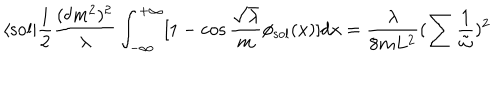
LaTeX: \langle \mathrm { s o l } | \frac { 1 } { 2 } \frac { ( \delta m ^ { 2 } ) ^ { 2 } } { \lambda } \int _ { - \infty } ^ { + \infty } [ 1 - \cos \frac { \sqrt { \lambda } } { m } \phi _ { \mathrm { s o l } } ( x ) ] d x = \frac { \lambda } { 8 m L ^ { 2 } } ( \sum \frac { 1 } { \tilde { \omega } } ) ^ { 2 }